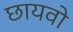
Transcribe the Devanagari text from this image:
छायवो